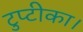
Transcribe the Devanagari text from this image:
टुप्टीका।